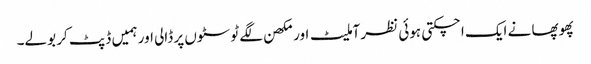
پھوپھا نے ایک اچکتی ہوئی نظر آملیٹ اور مکھن لگے ٹوسٹوں پر ڈالی اور ہمیں ڈپٹ کر بولے۔